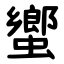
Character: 蠁